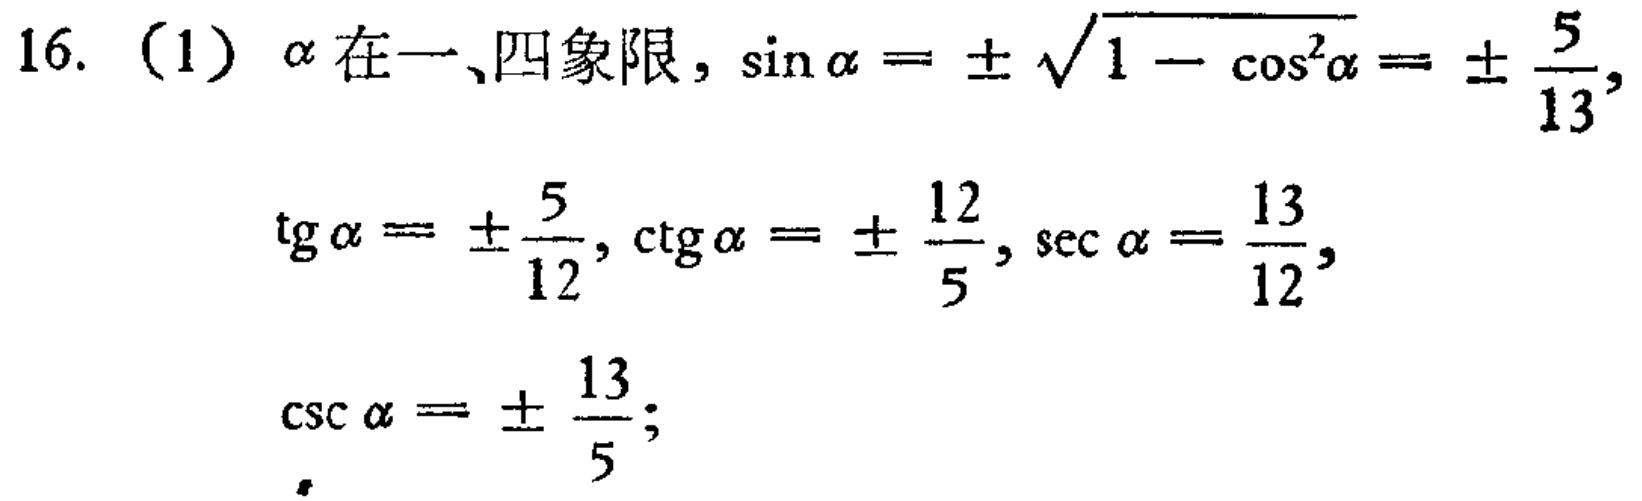
16. (1) $\alpha$在一、四象限，$\sin\alpha = \pm\sqrt{1 - \cos^{2}\alpha}=\pm\frac{5}{13}$,
$\tg\alpha = \pm\frac{5}{12}, \ctg\alpha = \pm\frac{12}{5}, \sec\alpha = \frac{13}{12}$,
$\csc\alpha = \pm\frac{13}{5}$;